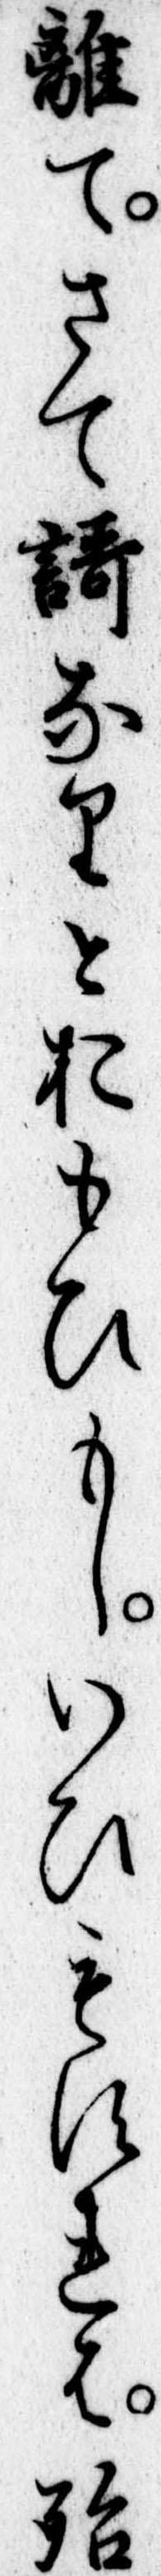
離てさて歌なりとおもひもしいひもすれは殆